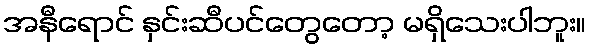
အနီရောင် နှင်းဆီပင်တွေတော့ မရှိသေးပါဘူး။